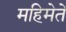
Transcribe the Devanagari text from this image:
महिमेतें